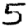
Digit: 5